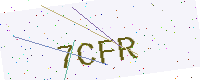
Text: 7CFR